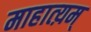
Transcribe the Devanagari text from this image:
माहात्य़म्